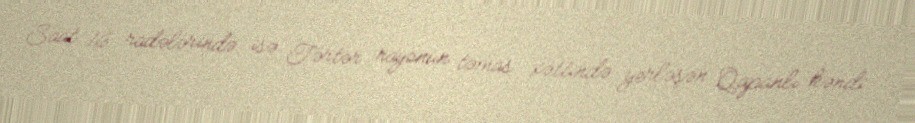
Saat 16 radələrində isə Tərtər rayonun təmas xəttində yerləşən Qapanlı kəndi